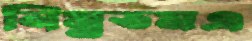
নিম্নতমএ